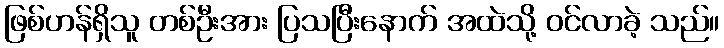
ဖြစ်ဟန်ရှိသူ တစ်ဦးအား ပြသပြီးနောက် အထဲသို့ ဝင်လာခဲ့ သည်။